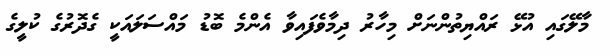
މާލޭގައި އުޅޭ ރައްޔިތުންނަށް މިހާރު ދިމާވެފައިވާ އެންމެ ބޮޑު މައްސަލައަކީ ގެދޮރުގެ ކުލީގެ